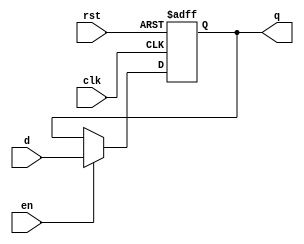
module pipeline_buffer (
    input wire clk,       // Clock signal
    input wire en,        // Enable signal
    input wire rst,       // Reset signal (optional)
    input wire [N-1:0] d, // Data input (N-bit wide)
    output reg [N-1:0] q  // Data output (N-bit wide)
);
    parameter N = 8; // Width of the data bus (can be adjusted)

    // Asynchronous reset
    always @(posedge clk or posedge rst) begin
        if (rst) begin
            q <= {N{1'b0}}; // Clear output to zero
        end else if (en) begin
            q <= d; // Latch input data on enable
        end
        // If enable is low, retain the previous value of q
    end

endmodule